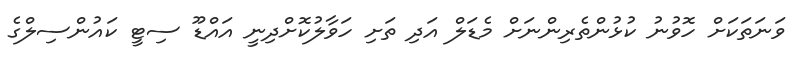
ވަނަތަކަށް ހޮވުނު ކުޅުންތެރިންނަށް މެޑަލް އަދި ތަށި ހަވާލުކޮށްދިނީ އައްޑޫ ސިޓީ ކައުންސިލްގެ